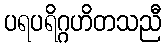
ပရပရိဂ္ဂဟိတသညီ